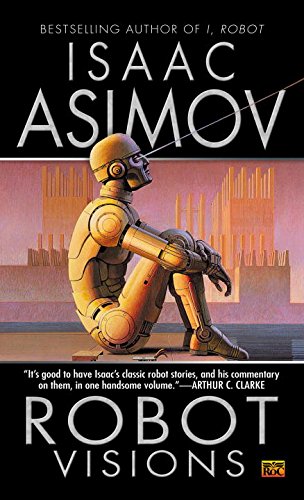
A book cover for Robot Visions; Isaac Asimov; Science Fiction & Fantasy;